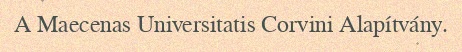
A Maecenas Universitatis Corvini Alapítvány.